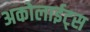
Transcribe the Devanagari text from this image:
अकोलाईट्स